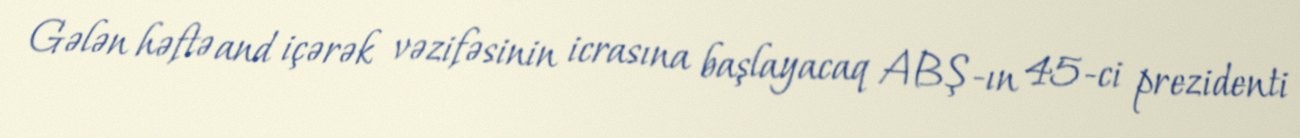
Gələn həftə and içərək vəzifəsinin icrasına başlayacaq ABŞ-ın 45-ci prezidenti